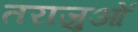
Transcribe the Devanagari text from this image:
तराजुओं